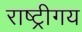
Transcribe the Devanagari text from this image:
राष्ट्रीगय